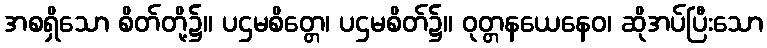
အစရှိသော စိတ်တို့၌။ ပဌမစိတ္တေ၊ ပဌမစိတ်၌။ ဝုတ္တနယေနေဝ၊ ဆိုအပ်ပြီးသော